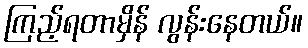
ကြည့်ရတာမှိန် လွန်းနေတယ်။